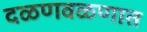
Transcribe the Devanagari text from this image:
दळणवळणात